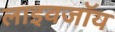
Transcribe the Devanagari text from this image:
लाइवजॉय